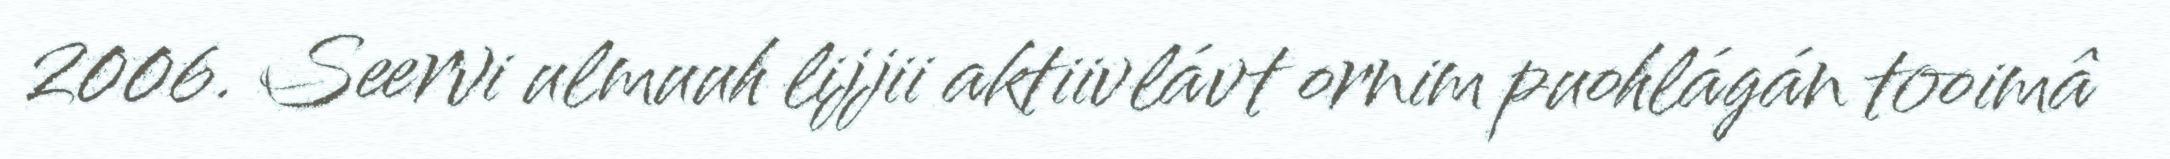
2006. Seervi ulmuuh lijjii aktiivlávt ornim puohlágán tooimâ